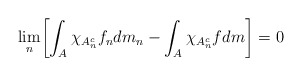
\begin{align*} \lim_n \biggl[\int_A\chi_{A_n^c} f_ndm_n - \int_A\chi_{A_n^c}fdm\biggr]=0\end{align*}